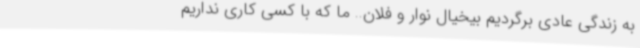
به زندگی عادی برگردیم بیخیال نوار و فلان.. ما که با کسی کاری نداریم